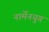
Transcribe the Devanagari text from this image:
नार्मेनयुग